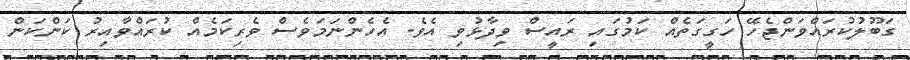
ގަބޫލުކުރައްވަންޖެހޭ ހަގީގަތެއް ކަމުގައި ރައީސް ވިދާޅުވި އެވެ. އެހެންނަމަވެސް ވެރިކަމެއް ކުރައްވާއިރު ކަންކަން